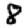
Digit: 8